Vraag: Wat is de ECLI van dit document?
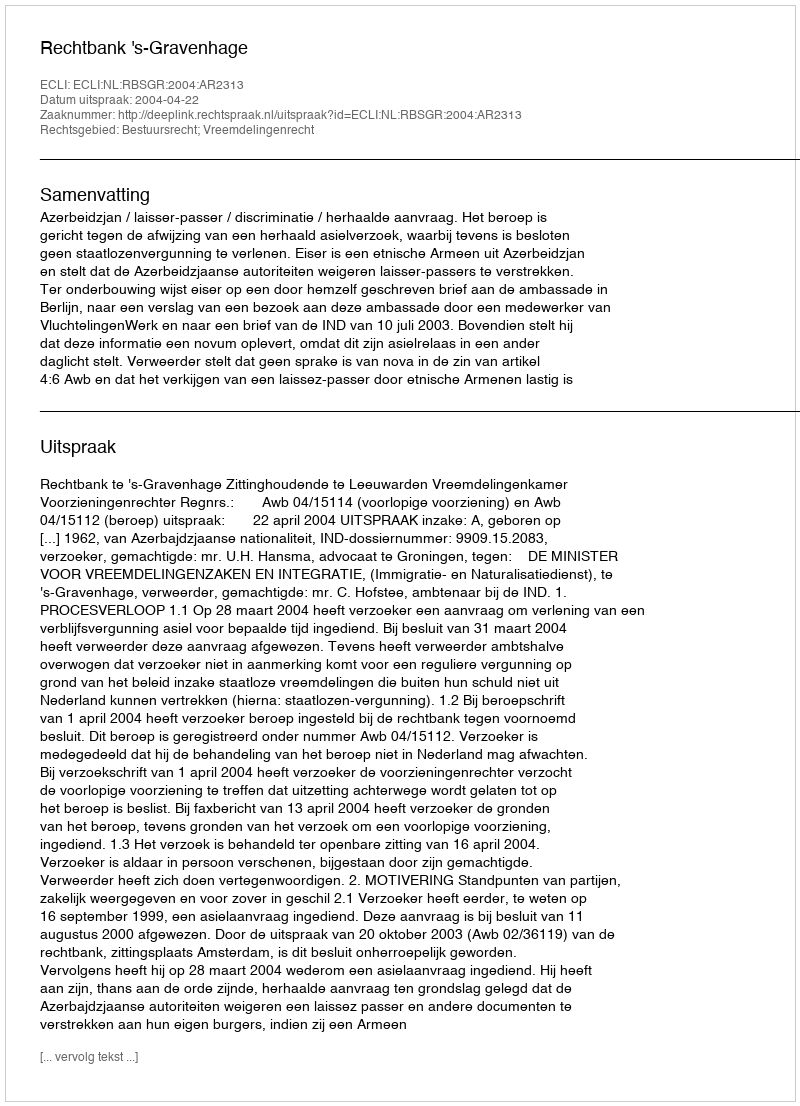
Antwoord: ECLI:NL:RBSGR:2004:AR2313